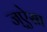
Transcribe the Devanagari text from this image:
ज्ऐसा